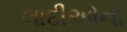
લાદીઓનો